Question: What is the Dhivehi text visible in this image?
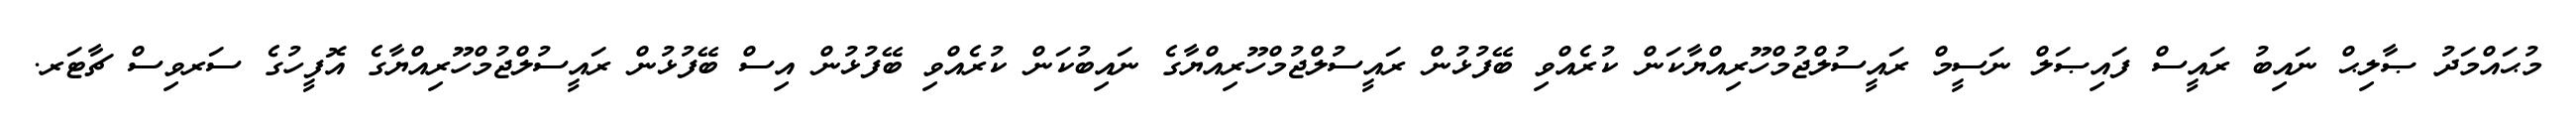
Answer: މުޙައްމަދު ޞާލިޙް ނައިބު ރައީސް ފައިޞަލް ނަސީމް ރައީސުލްޖުމްހޫރިއްޔާކަން ކުރެއްވި ބޭފުޅުން ރައީސުލްޖުމްހޫރިއްޔާގެ ނައިބުކަން ކުރެއްވި ބޭފުޅުން އިސް ބޭފުޅުން ރައީސުލްޖުމްހޫރިއްޔާގެ އޮފީހުގެ ސަރވިސް ޗާޓަރ.